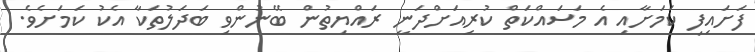
ފަށައިފި ކަމަށާއި އެ މަސައްކަތް ކުރިއަށްދަނީ ރައްޔިތުން ބޭނުންވި ބަދަލުތަކާ އެކު ކަމަށެވެ.